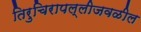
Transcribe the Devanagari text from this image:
तिरुचिरापल्लीजवळील